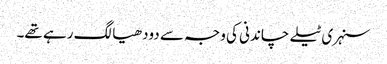
سنہری ٹیلے چاندنی کی وجہ سے دودھیا لگ رہے تھے۔